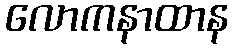
လောကနာထာန